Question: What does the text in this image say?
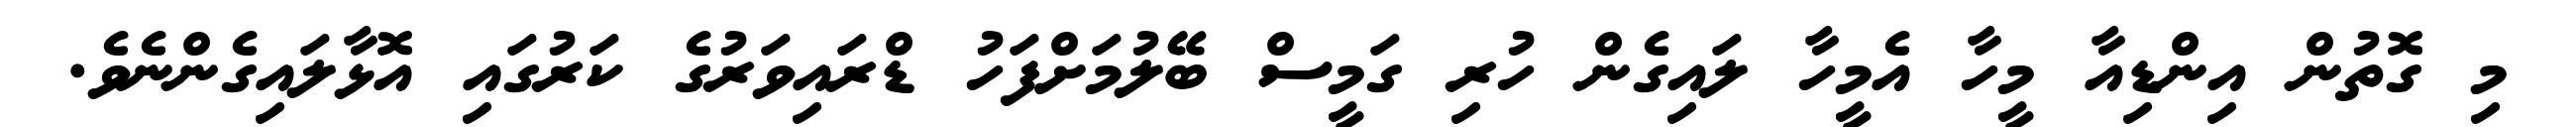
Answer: މި ގޮތުން އިންޑިއާ މީހާ އެމީހާ ލައިގެން ހުރި ގަމީސް ބޭލުމަށްފަހު ޑްރައިވަރުގެ ކަރުގައި އޮޅާލައިގެންނެވެ.